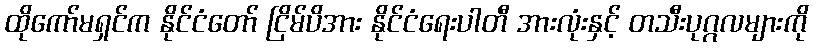
ထိုကော်မရှင်က နိုင်ငံတော် ငြိမ်ပိအား နိုင်ငံရေးပါတီ အားလုံးနှင့် တသီးပုဂ္ဂလများကို